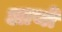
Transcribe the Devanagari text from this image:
आथो